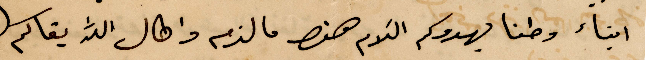
أبناء وطنا يهدوكم السلام هنا ما لزم وطال الله بقاكم